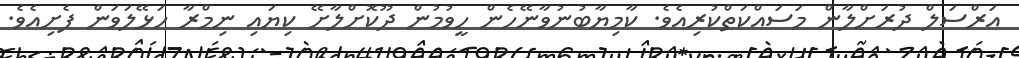
އަރްސަލް ދުރަށްލާން މަސައްކަތްކުރިއެވެ. ކާމިޔާބުނުވާނޭހެން ހީވުމުން ދޫކޮށްލާށޭ ކިޔައި ނިމްރާ ހަޅޭލަވަން ފެށިއެވެ.